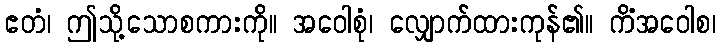
ဧတံ၊ ဤသို့သောစကားကို။ အဝေါစုံ၊ လျှောက်ထားကုန်၏။ ကိံအဝေါစ၊